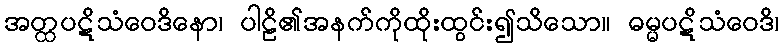
အတ္ထပဋိသံဝေဒိနော၊ ပါဠိ၏အနက်ကိုထိုးထွင်း၍သိသော။ ဓမ္မပဋိသံဝေဒိ၊